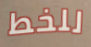
للخط